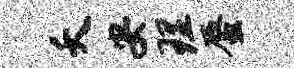
夭安理蜃